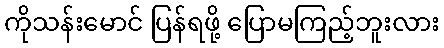
ကိုသန်းမောင် ပြန်ရဖို့ ပြောမကြည့်ဘူးလား